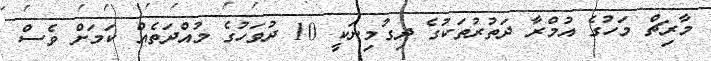
މާރިޗް މަހުގެ އުމްރާ ދަތުރުތަކުގެ ދިގުމިނަކީ 10 ދުވަހުގެ މުއްދަތެއް ކަމަށް ވެސް